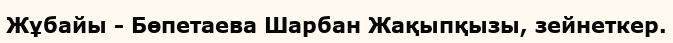
Жұбайы - Бөпетаева Шарбан Жақыпқызы, зейнеткер.